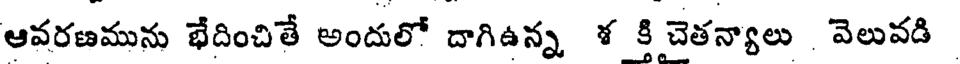
ఆవరణమును భేదించితే అందులో దాగిఉన్న శ కి చెతన్యాలు వెలువడి